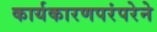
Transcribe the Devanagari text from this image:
कार्यकारणपरंपरेने